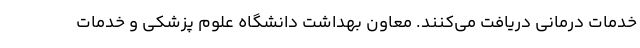
خدمات درمانی دریافت می‌کنند. معاون بهداشت دانشگاه علوم پزشکی و خدمات